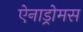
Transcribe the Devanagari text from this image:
ऐनाड्रोमस